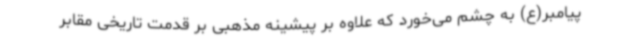
پیامبر(ع) به چشم می‌خورد که علاوه بر پیشینه مذهبی بر قدمت تاریخی مقابر